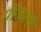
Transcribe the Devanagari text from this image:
पीकल्स